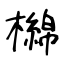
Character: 檰